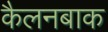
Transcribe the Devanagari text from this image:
कैलनबाक